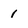
Character: 1